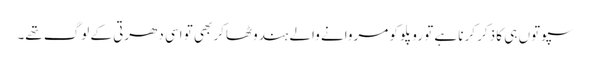
سپوتوں ہی کا ذکر کرنا ہے تو روپلو کو مروانے والے ہندوٹھاکر بھی تو اسی دھرتی کے لوگ تھے۔